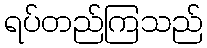
ရပ်တည်ကြသည်